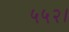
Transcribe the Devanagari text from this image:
५५२।